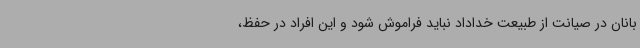
بانان در صیانت از طبیعت خداداد نباید فراموش شود و این افراد در حفظ،